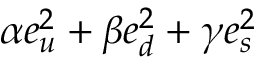
\alpha e _ { u } ^ { 2 } + \beta e _ { d } ^ { 2 } + \gamma e _ { s } ^ { 2 }